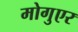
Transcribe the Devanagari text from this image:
मोगुएर